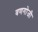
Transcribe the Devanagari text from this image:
वणगोजी